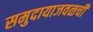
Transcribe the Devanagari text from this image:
समुदायाजवळची